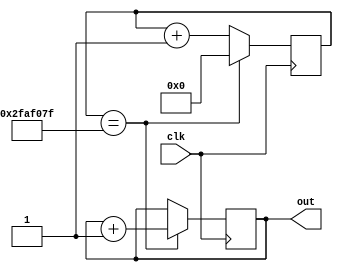
module counter_1s( input clk, output reg out );

  localparam N = 26;

  reg [N-1:0] cnt;
  wire [N-1:0] q_next;
  
  always@(posedge clk)
  begin
		if(cnt == 49_999_999 )
		begin
			out	<= out + 1'b1;
		  cnt <= 1'b0;
		end
		else
	    cnt <=	cnt + 1'b1;
	end
 
endmodule